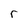
Character: r